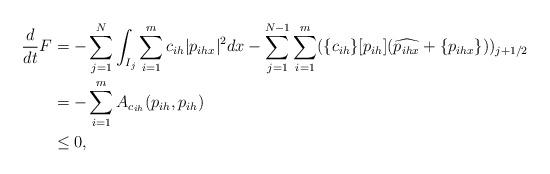
LaTeX: \begin{align*}\frac{d}{dt}{F} & =- \sum_{j=1}^N \int_{I_j} \sum_{i=1}^m c_{ih} |p_{ihx}|^2 dx - \sum_{j=1}^{N-1} \sum_{i=1}^m ( \{c_{ih}\} [p_{ih}] (\widehat {p_{ihx}} +\{p_{ihx}\} ))_{j+1/2} \\& =- \sum_{i=1}^m A_{c_{ih}}(p_{ih}, p_{ih}) \\& \leq 0,\end{align*}